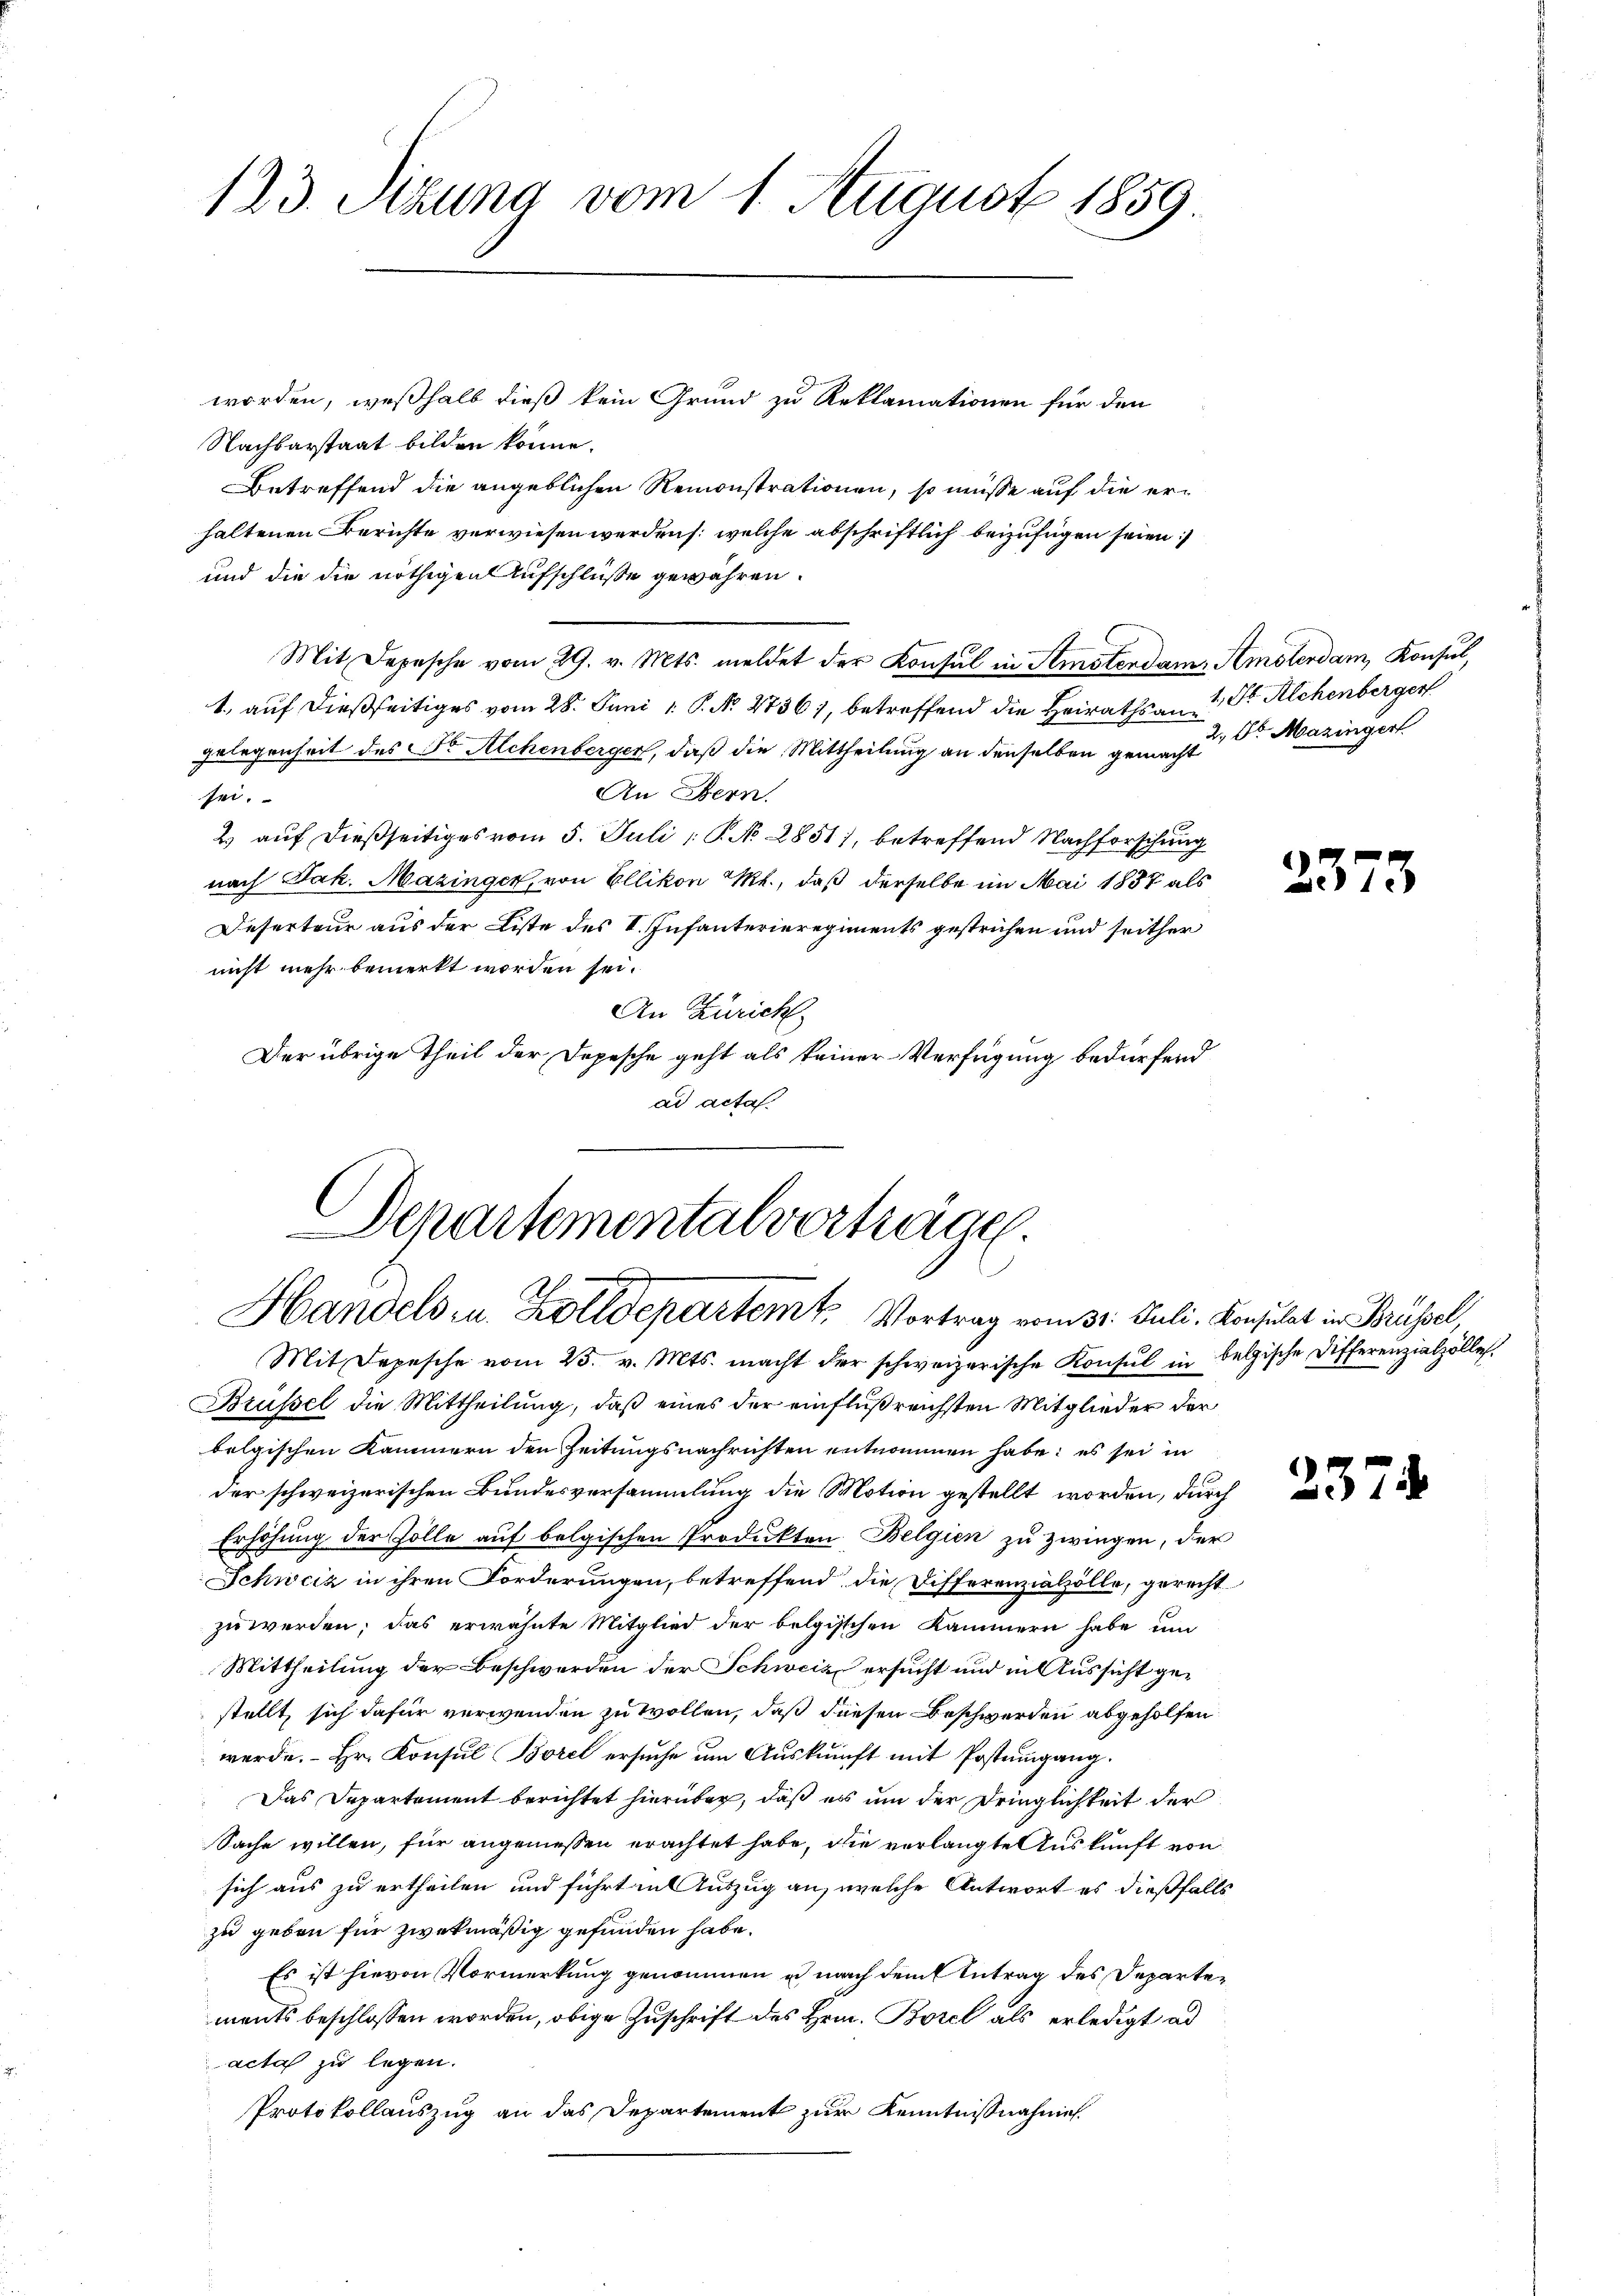
123. Sizung vom 1. August 1859

worden, weßhalb dieß kein Grund zu Reklamationen für den
Nachbarstaat bilden könne.
Betreffend die angeblichen Remonstrationen, so müsse auf die erhaltenen Berichte verwiesen werden /: welche abschriftlich beizufügen seien:
und die die nöthigen Aufschlüße gewähren.
Mit Depesche vom 29. v. Mts. meldet der Konsul in Semsterdam, Amsterdam Konsul,
1. auf dießseitiges vom 28. Juni 1 P. N. 2736), betreffend die Heiraths an St. Alchenberger
gelegenheit des St. Alchenberger, daß die Mittheilung an denselben gemacht Sr. Mazinger
An Bern.
sei.
2.) auf dießseitiges vom 5. Juli 18. No 2851), betreffend Nachforschung
nach Jak. Mazinger, von Ellikon M., daß derselbe im Mai 1837 als
Deserteur aus der Liste des I. Infanterieregiments gestrichen und seither
nicht mehr bemerkt worden sei.
An Zürich,
Der übrige Theil der Depesche geht als keiner Verfügung bedürfend
ad acta

Departementalverträge
Handels u. Zolldepartemt, Vortrag vom 31. Juli. Konsulat in Brüssel,
Mit Depesche vom 25. v. Mts. macht der schweizerische Konsul in belgische Differenzialzölle

Brüssel die Mittheilung, daß eines der einflußreichsten Mitglieder der
belgischen Kammern den Zeitungsnachrichten entnommen habe; es sei in
der schweizerischen Bundesversammlung die Motion gestellt worden, durch
Erhöhung der Zolle auf belgischen Produkten Belgien zu zwingen, der
Schweiz in ihren Forderungen, betreffend die Differenzialzölle, gerecht
zu werden; das erwähnte Mitglied der belgischen Kammern habe um
Mittheilung der Beschwerden der Schweiz ersucht und in Aussicht gestellt, sich dafür verwenden zu wollen, daß diesen Beschwerden abgeholfen
werde. Hr. Konsul Borel ersŭche ŭm Aŭskŭnft mit Postŭmgang.
Das Departement berichtet hierüber, daß es um der Dringlichkeit der
Sache willen, für angeniessen erachtet habe, die verlangte Auskunft von
sich aus zu ertheilen und führt in Auszug an, welche Antwort es dießfalls
zu geben für zwekmäßig gefunden habe.
Es ist hievon Vormerkung genommen u nach dem Antrag des Departements beschlossen worden, obige Zuschrift des Hrn. Borel als erledigt ad
acta zu legen.
Protokollauszug an das Departement zur Kenntnißnahmen.

2373

23